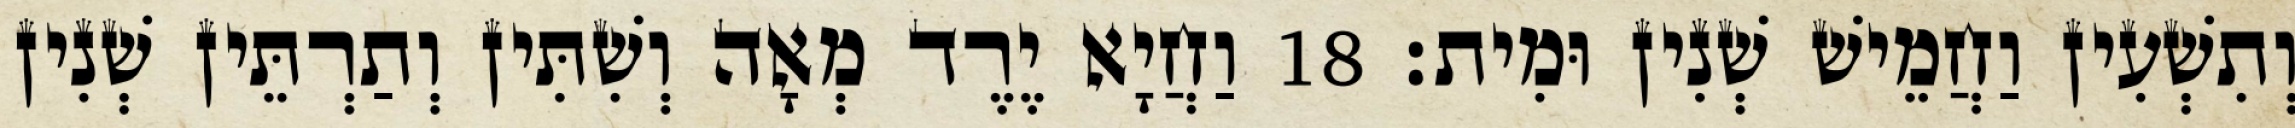
וְתִשְׁעִין וַחֲמֵישׁ שְׁנִין וּמִית׃ 18 וַחֲיָא יֶרֶד מְאָה וְשִׁתִּין וְתַרְתֵּין שְׁנִין